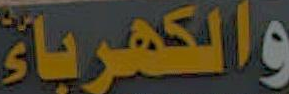
والكهرباء